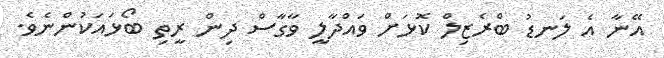
އޭނާ އެ ލަނޑު ބްރެޒިލް ކޮޅަށް ވައްދާލީ ވާގާސް ދިން ރީތި ބޯޅައަކުންނެވެ.